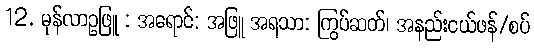
12. မုန်လာဥဖြူ : အရောင်: အဖြူ အရသာ: ကြွပ်ဆတ်၊ အနည်းငယ်ဖန်/စပ်